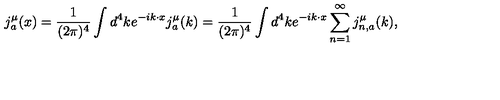
j _ { a } ^ { \mu } ( x ) = { \frac { 1 } { ( 2 \pi ) ^ { 4 } } } \int d ^ { 4 } k e ^ { - i k \cdot x } j _ { a } ^ { \mu } ( k ) = { \frac { 1 } { ( 2 \pi ) ^ { 4 } } } \int d ^ { 4 } k e ^ { - i k \cdot x } \sum _ { n = 1 } ^ { \infty } j _ { n , a } ^ { \mu } ( k ) ,